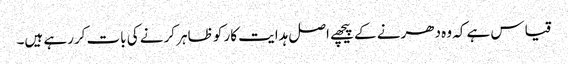
قیاس ہے کہ وہ دھرنے کے پیچھے اصل ہدایت کار کو ظاہر کرنے کی بات کررہے ہیں۔